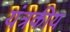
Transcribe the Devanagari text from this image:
यंत्रकीय